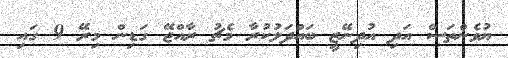
ޔުވެންތަސް އަދި އުދިނޭޒީ ބައްދަލުކުރާ މެޗު ރާއްޖޭ ގަޑިން މިރޭ 9 ގައި